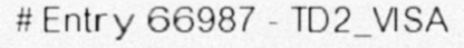
# Entry 66987 - TD2_VISA